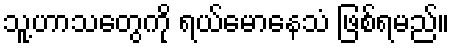
သူ့ဟာသတွေကို ရယ်မောနေသံ ဖြစ်ရမည်။